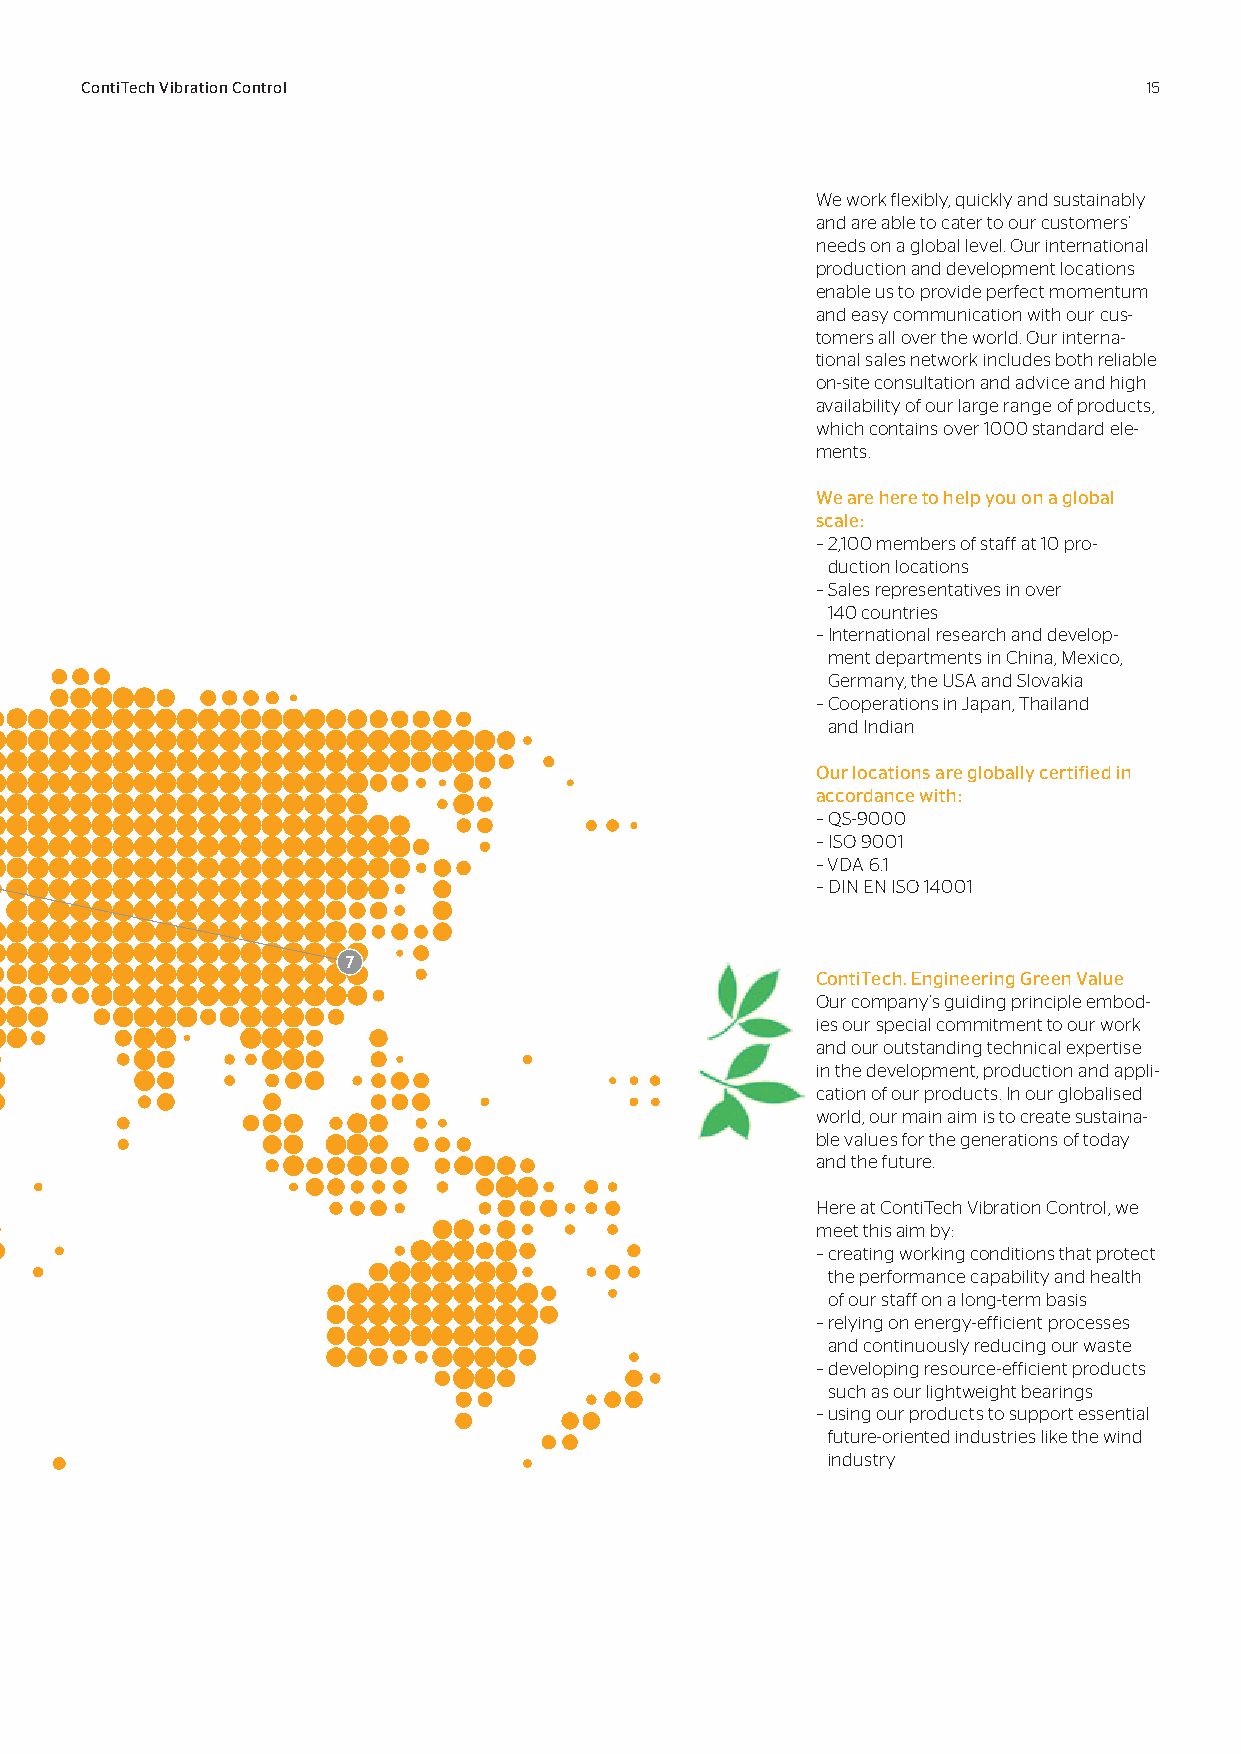
ContiTech Vibration Control                                            15
 We work flexibly, quickly and sustainably
 and are able to cater to our customers’
 needs on a global level. Our international
 production and development locations
 enable us to provide perfect momentum
 and easy communication with our cus-
 tomers all over the world. Our interna-
 tional sales network includes both reliable
 on-site consultation and advice and high
 availability of our large range of products,
 which contains over 1000 standard ele-
 ments.
 We are here to help you on a global
 scale:
 – 2,100 members of staff at 10 pro-
 duction locations
 – Sales representatives in over
 140 countries
 – I nternational research and develop-
 ment departments in China, Mexico,
 Germany, the USA and Slovakia
 – C ooperations in Japan, Thailand
 and Indian
 Our locations are globally certified in
 accordance with:
 – Q S-9000
 – I SO 9001
 – VDA 6.1
 – DIN EN ISO 14001
 ContiTech. Engineering Green Value
 Our company’s guiding principle embod-
 ies our special commitment to our work
 and our outstanding technical expertise
 in the development, production and appli-
 cation of our products. In our globalised
 world, our main aim is to create sustaina-
 ble values for the generations of today
 and the future.
 Here at ContiTech Vibration Control, we
 meet this aim by:
 – creating working conditions that protect
 the performance capability and health
 of our staff on a long-term basis
 – r elying on energy-efficient processes
 and continuously reducing our waste
 – d eveloping resource-efficient products
 such as our lightweight bearings
 – using our products to support essential
 future-oriented industries like the wind
 industry